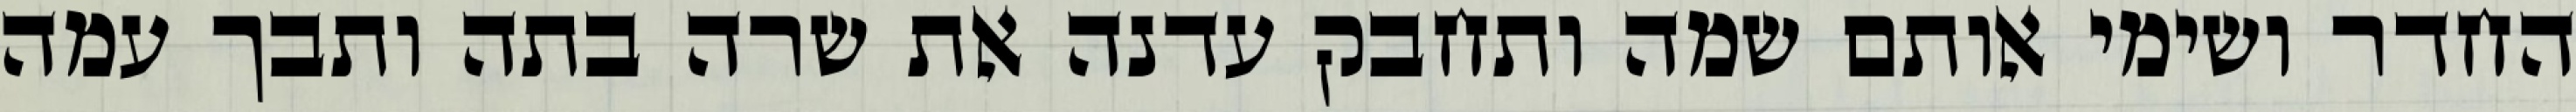
החדר ושימי אותם שמה ותחבק עדנה את שרה בתה ותבך עמה